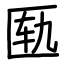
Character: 匦